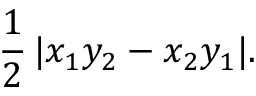
{ \frac { 1 } { 2 } } \, | x _ { 1 } y _ { 2 } - x _ { 2 } y _ { 1 } | .